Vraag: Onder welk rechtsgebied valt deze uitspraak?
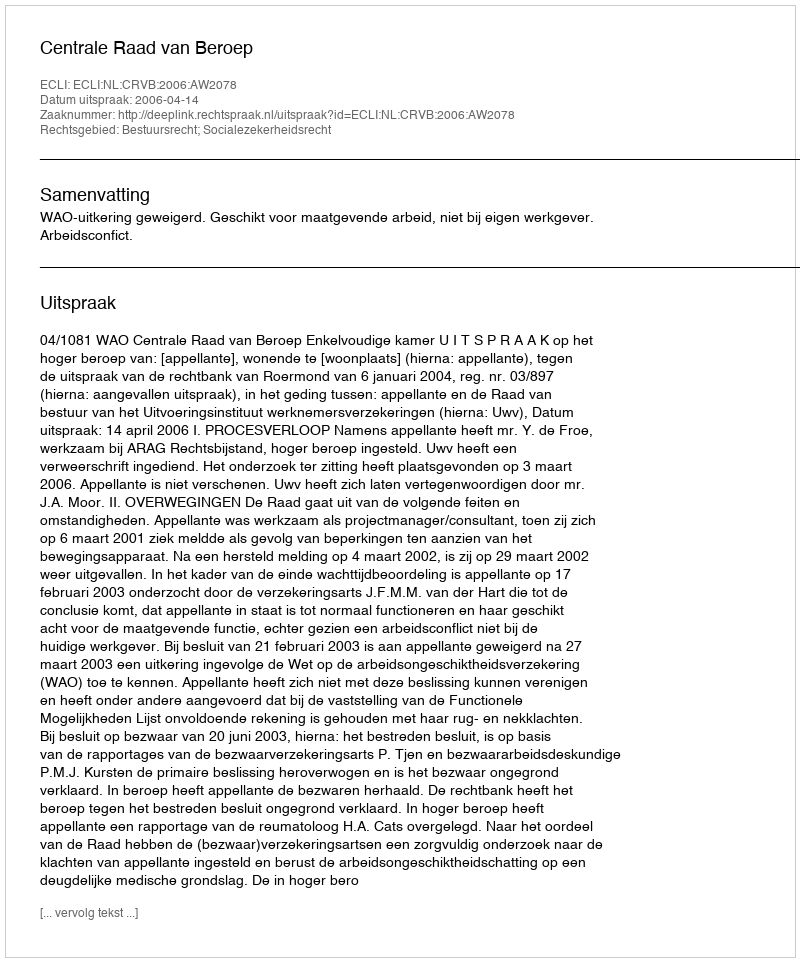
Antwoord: Bestuursrecht; Socialezekerheidsrecht